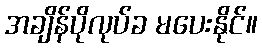
အချိန်ပိုလုပ်ခ မပေးနိုင်။